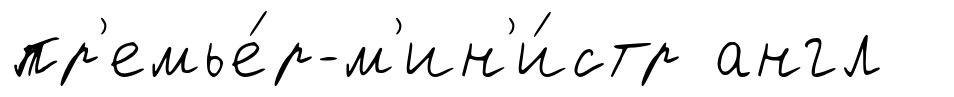
пр'емье́р-м'ин'и́стр англ